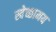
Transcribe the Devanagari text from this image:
स्वेच्छामय